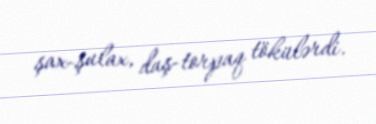
şax-şulax, daş-torpaq tökülərdi.